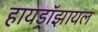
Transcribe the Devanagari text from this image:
हायड्रॉझायल